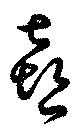
喜